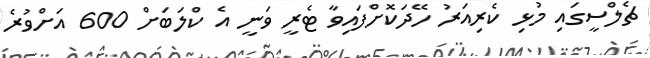
ޗެލްސީގައި މުޅި ކެރިއަރު ހޭދަކޮށްފައިވާ ޓެރީ ވަނީ އެ ކްލަބަށް 600 އަށްވުރެ